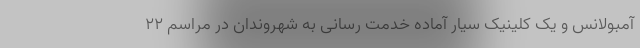
آمبولانس و یک کلینیک سیار آماده خدمت رسانی به شهروندان در مراسم ۲۲